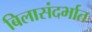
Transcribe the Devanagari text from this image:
बिलासंदर्भात